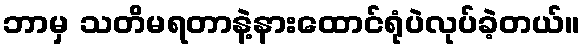
ဘာမှ သတိမရတာနဲ့နားထောင်ရုံပဲလုပ်ခဲ့တယ်။